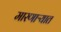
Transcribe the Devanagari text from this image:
मारणाऱ्यात